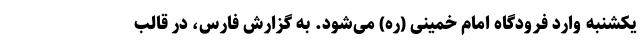
یکشنبه وارد فرودگاه امام خمینی (ره) می‌شود. به گزارش فارس، در قالب